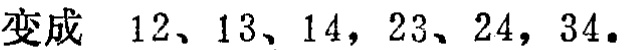
变成 \(12、13、14，23、24，34\)。